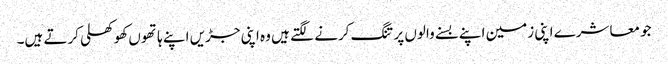
جو معاشرے اپنی زمین اپنے بسنے والوں پر تنگ کرنے لگتے ہیں وہ اپنی جڑیں اپنے ہاتھوں کھوکھلی کرتے ہیں۔